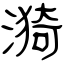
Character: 漪